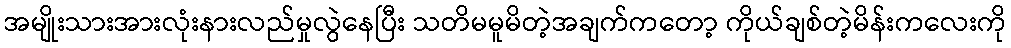
အမျိုးသားအားလုံးနားလည်မှုလွဲနေပြီး သတိမမူမိတဲ့အချက်ကတော့ ကိုယ်ချစ်တဲ့မိန်းကလေးကို